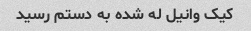
کیک وانیل له شده به دستم رسید